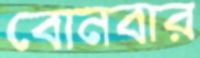
বোনবার